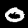
Label: 0